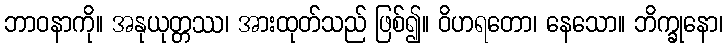
ဘာဝနာကို။ အနုယုတ္တဿ၊ အားထုတ်သည် ဖြစ်၍။ ဝိဟရတော၊ နေသော။ ဘိက္ခုနော၊